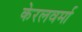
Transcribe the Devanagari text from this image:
केरलवर्मा